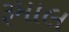
રૂમાલ